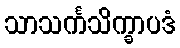
သာသင်္ကသိက္ခာပဒံ